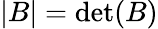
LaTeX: \left|B\right|=\operatorname*{det}(B)